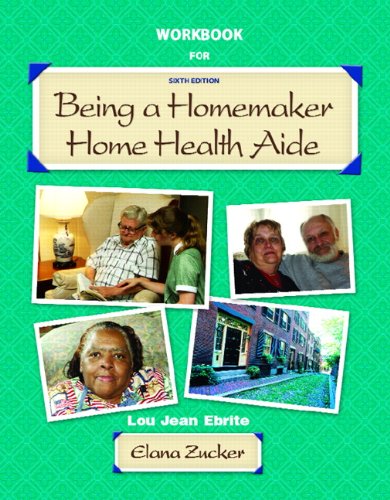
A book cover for Being a Homemaker / Home Health Aide: Student Workbook; Lou Jean Ebrite; Medical Books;